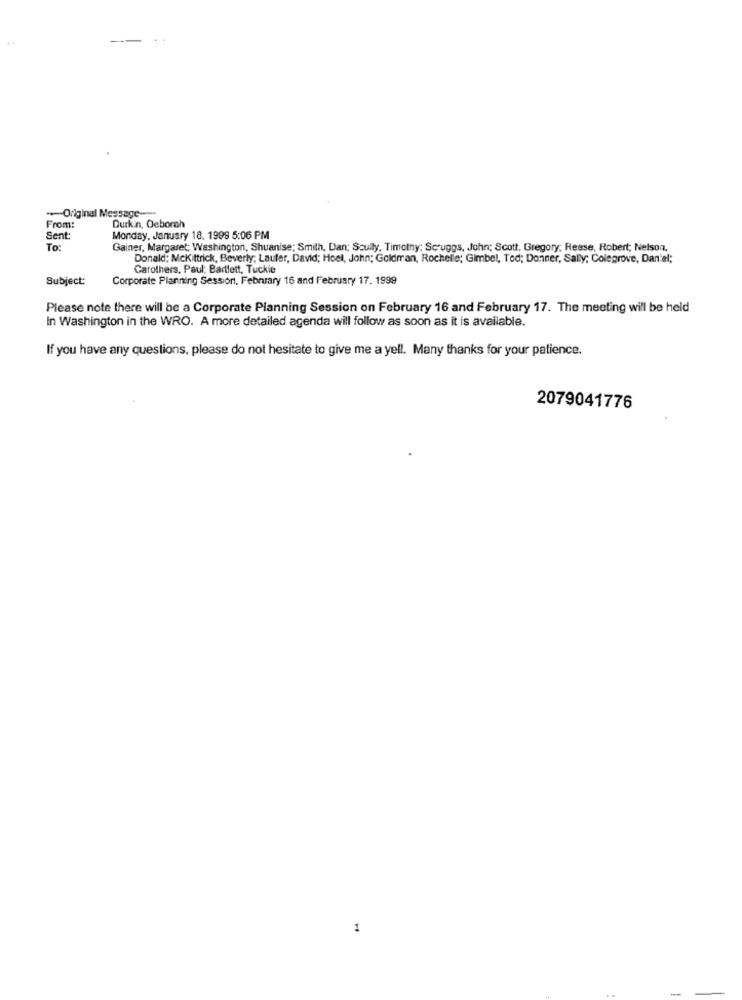
-
Original Message-
From:
Durkin, Deborah
Sent:
Monday, January 18. 1999 5:06 PM
To:
Gainer, Margaret; Washington, Shuanise; Smith, Dan; Scully, Timothy: Scruggs, John; Scott, Gregory; Reese, Robert; Nelson.
Donald; Mckittrick, Beverly; Laufer, David; Hoel, John; Goldman, Rochelle; Gimbel, Tod; Donner, Sally; Colegrove, Daniel;
Carothers, Paul; Bartlett, Tuckie
Subject:
Corporate Planning Session, February 16 and February 17. 1999
Please note there will be a Corporate Planning Session on February 16 and February 17. The meeting will be held
In Washington in the WRO. A more detailed agenda will follow as soon as it is available.
If you have any questions, please do not hesitate to give me a yell. Many thanks for your patience.
2079041776
1